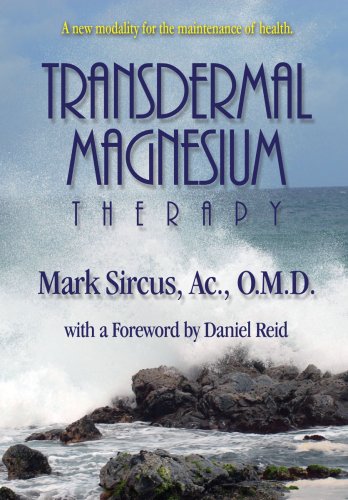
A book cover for Transdermal Magnesium Therapy; Mark Sircus; Health, Fitness & Dieting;